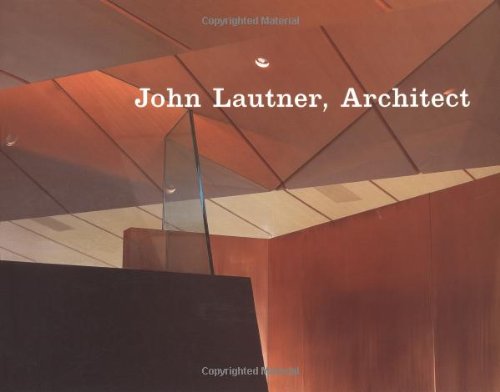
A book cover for John Lautner, Architect; Frank Escher; Arts & Photography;